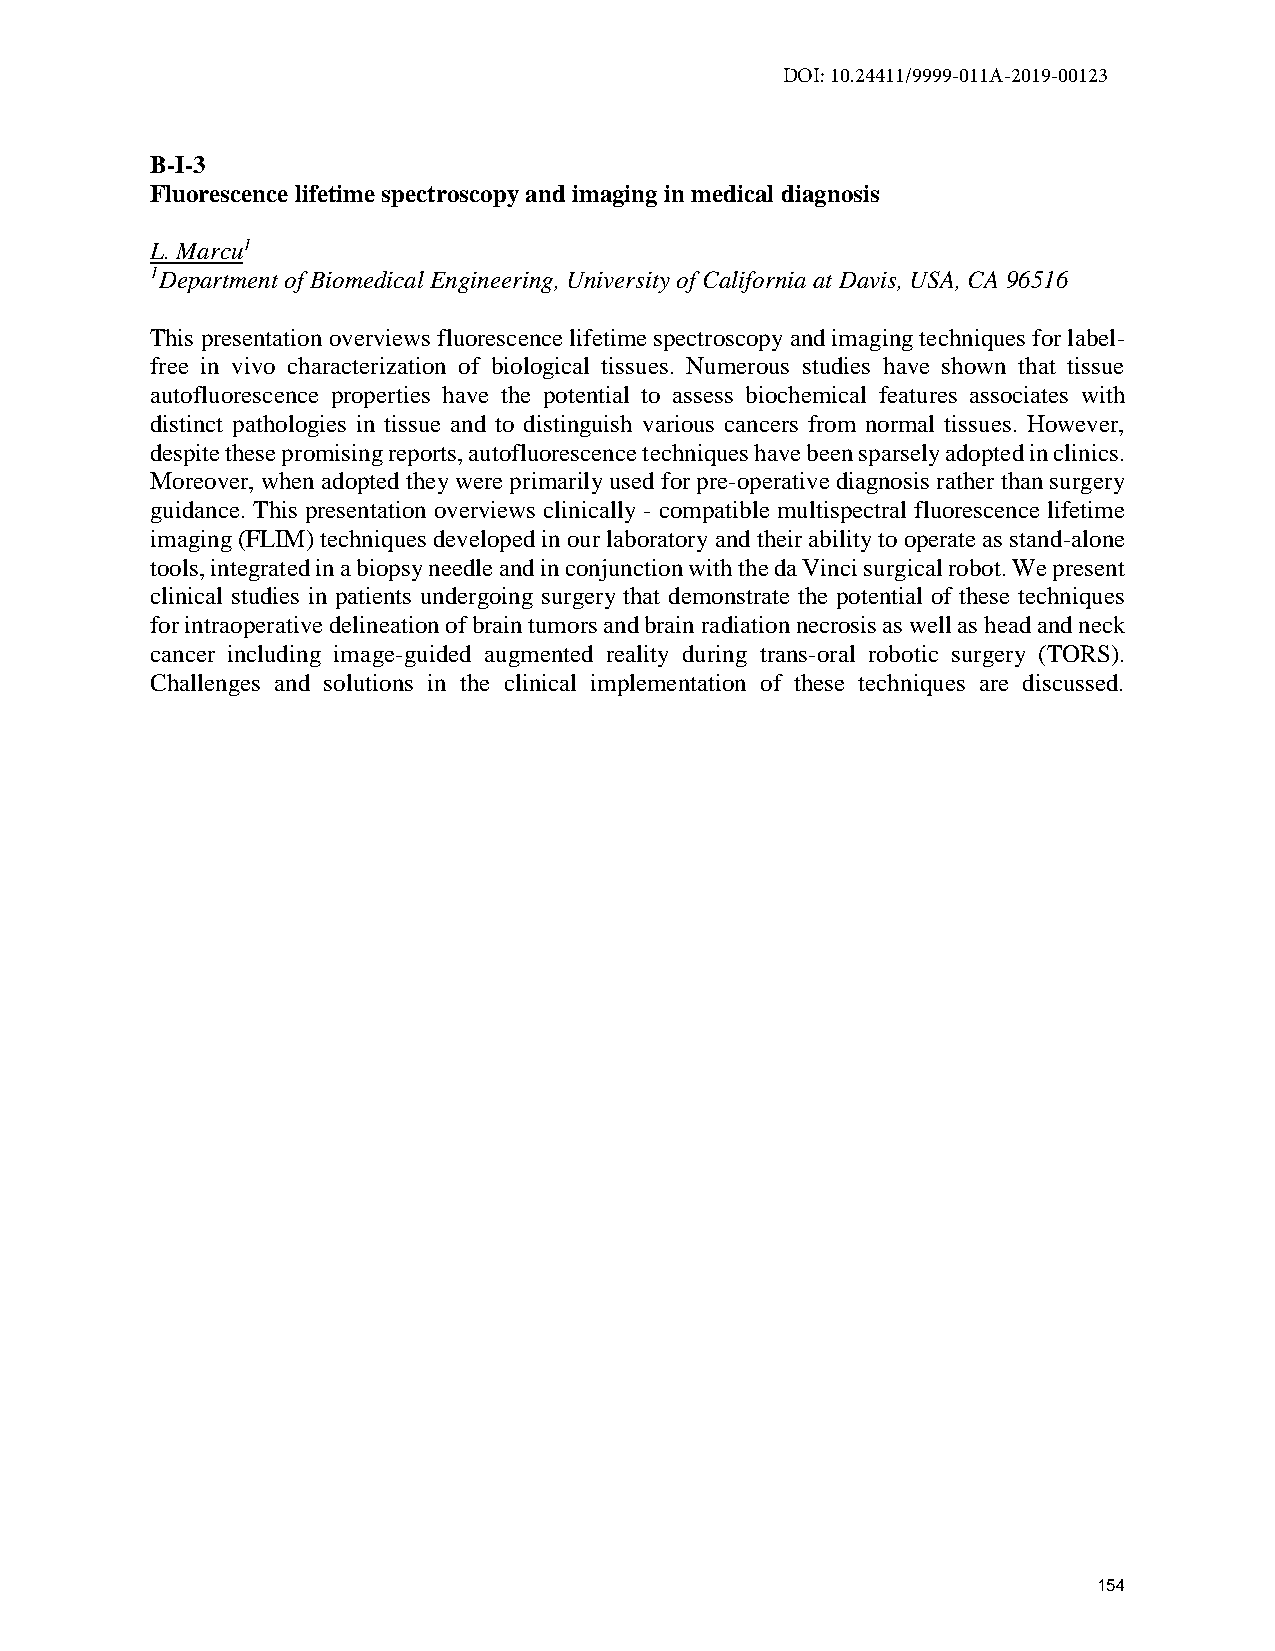
DOI: 10.24411/9999-011A-2019-00123
 B-I-3
 Fluorescence lifetime spectroscopy and imaging in medical diagnosis
 L. Marcu1
 1Department of Biomedical Engineering, University of California at Davis, USA, CA 96516
 This presentation overviews fluorescence lifetime spectroscopy and imaging techniques for label-
 free in vivo characterization of biological tissues. Numerous studies have shown that tissue
 autofluorescence properties have the potential to assess biochemical features associates with
 distinct pathologies in tissue and to distinguish various cancers from normal tissues. However,
 despite these promising reports, autofluorescence techniques have been sparsely adopted in clinics.
 Moreover, when adopted they were primarily used for pre-operative diagnosis rather than surgery
 guidance. This presentation overviews clinically - compatible multispectral fluorescence lifetime
 imaging (FLIM) techniques developed in our laboratory and their ability to operate as stand-alone
 tools, integrated in a biopsy needle and in conjunction with the da Vinci surgical robot. We present
 clinical studies in patients undergoing surgery that demonstrate the potential of these techniques
 for intraoperative delineation of brain tumors and brain radiation necrosis as well as head and neck
 cancer including image-guided augmented reality during trans-oral robotic surgery (TORS).
 Challenges and solutions in the clinical implementation of these techniques are discussed.
 154